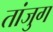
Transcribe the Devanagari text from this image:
तांजुग